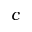
c